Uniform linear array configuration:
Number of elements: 32
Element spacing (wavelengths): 0.25
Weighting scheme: blackman
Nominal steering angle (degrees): -45
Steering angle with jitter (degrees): -44.492
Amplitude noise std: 0.05
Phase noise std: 0.05

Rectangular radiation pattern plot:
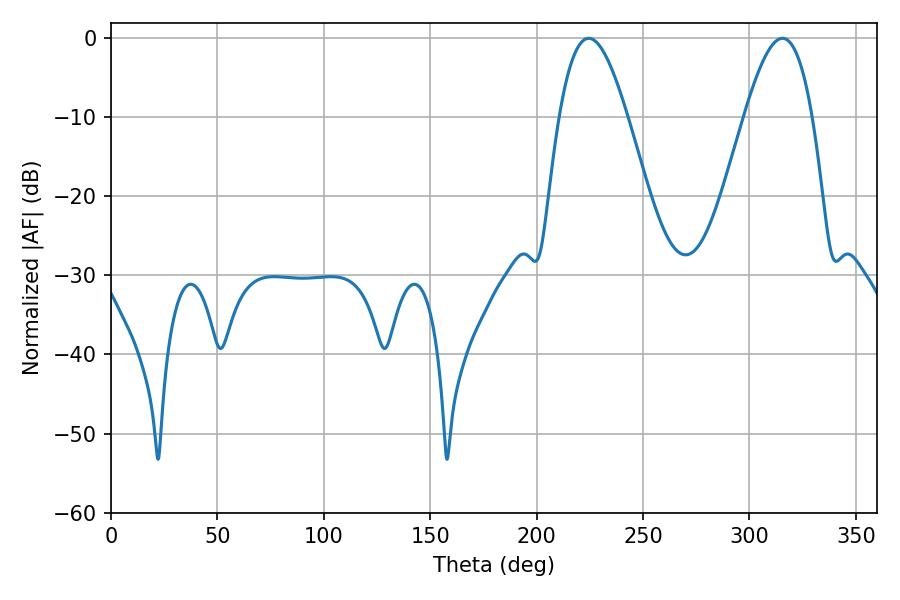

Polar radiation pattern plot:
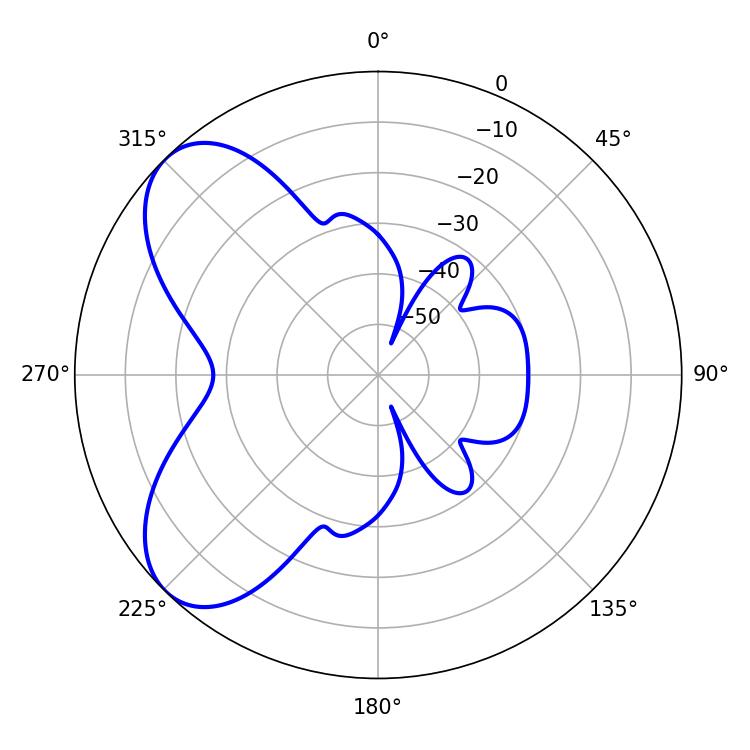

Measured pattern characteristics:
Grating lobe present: FALSE
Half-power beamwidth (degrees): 17.28
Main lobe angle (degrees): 224.46